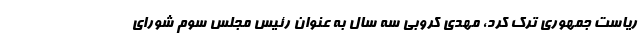
ریاست جمهوری ترک کرد، مهدی کروبی سه سال به عنوان رئیس مجلس سوم شورای